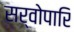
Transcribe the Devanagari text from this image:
सर्वोपारि